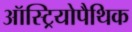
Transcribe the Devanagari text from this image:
ऑस्ट्रियोपैथिक